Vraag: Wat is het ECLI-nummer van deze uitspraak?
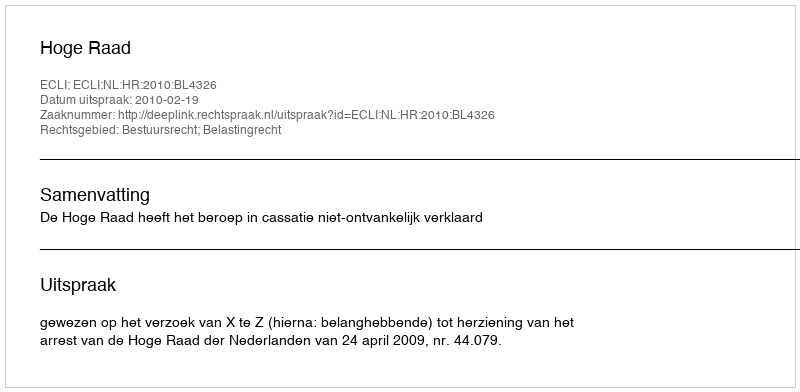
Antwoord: ECLI:NL:HR:2010:BL4326